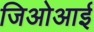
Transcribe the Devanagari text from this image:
जिओआई